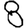
Digit: 8